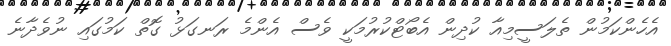
އެހެންކަމުން ތެލަސީމިއާ ކުދިން އެބޯޓްކުރުމަކީ ވެސް އެންމެ ރަނގަޅު ގޮތް ކަމުގައި ނުވެދާނެ